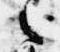
之